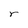
Character: r